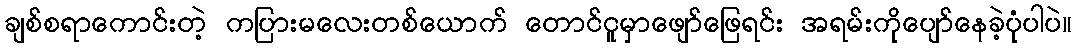
ချစ်စရာကောင်းတဲ့ ကပြားမလေးတစ်ယောက် တောင်ငူမှာဖျော်ဖြေရင်း အရမ်းကိုပျော်နေခဲ့ပုံပါပဲ။